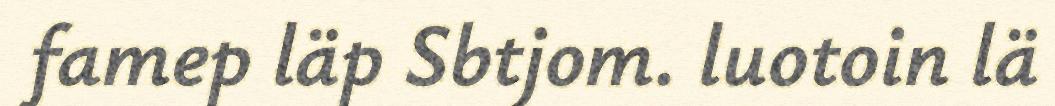
famep läp Sbtjom. luotoin lä